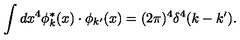
\int d x ^ { 4 } \phi _ { k } ^ { \ast } ( x ) \cdot \phi _ { k ^ { \prime } } ( x ) = ( 2 \pi ) ^ { 4 } \delta ^ { 4 } ( k - k ^ { \prime } ) .